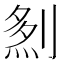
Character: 𠞎